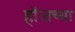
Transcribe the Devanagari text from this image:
हॉजच्या